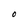
Character: O